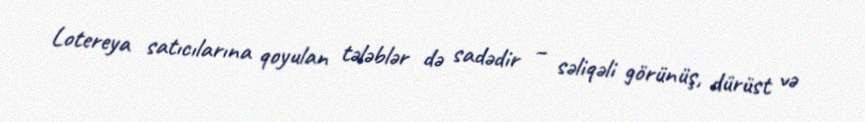
Lotereya satıcılarına qoyulan tələblər də sadədir – səliqəli görünüş, dürüst və